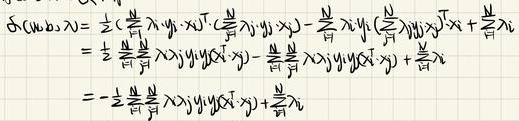
\[\begin{align*}
S(\lambda;\boldsymbol{b},\boldsymbol{\mu})&=\frac{1}{2}\left(\frac{\partial}{\partial\mu_i}\sum_{j = 1}^{m}\lambda_jy_j - x_j\right)^{\mathrm{T}}\left(\frac{\partial}{\partial\mu_i}\sum_{j = 1}^{m}\lambda_jy_j - x_j\right)-\frac{\mu_i}{2}\sum_{j = 1}^{m}\lambda_jy_j\left(\frac{\partial}{\partial\mu_i}\sum_{j = 1}^{m}\lambda_jy_j\right)^{\mathrm{T}}x_jx_j^{\mathrm{T}}+\frac{\mu_i}{2}\lambda\\
&=\frac{1}{2}\frac{\partial}{\partial\mu_i}\frac{\partial}{\partial\mu_i}\sum_{j = 1}^{m}\lambda_jy_jy_j^{\mathrm{T}}x_jx_j^{\mathrm{T}}-\frac{\mu_i}{2}\frac{\partial}{\partial\mu_i}\sum_{j = 1}^{m}\lambda_jy_jy_j^{\mathrm{T}}x_jx_j^{\mathrm{T}}+\frac{\mu_i}{2}\lambda\\
&=-\frac{1}{2}\frac{\partial}{\partial\mu_i}\frac{\partial}{\partial\mu_i}\sum_{j = 1}^{m}\lambda_jy_jy_j^{\mathrm{T}}x_jx_j^{\mathrm{T}}+\frac{\mu_i}{2}\lambda
\end{align*}\]